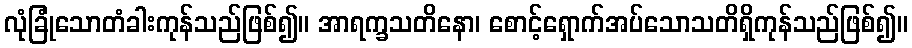
လုံခြုံသောတံခါးကုန်သည်ဖြစ်၍။ အာရက္ခသတိနော၊ စောင့်ရှောက်အပ်သောသတိရှိကုန်သည်ဖြစ်၍။